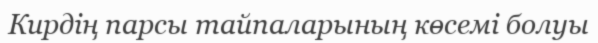
Кирдің парсы тайпаларының көсемі болуы